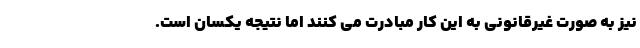
نیز به صورت غیرقانونی به این کار مبادرت می کنند اما نتیجه یکسان است.